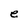
Character: e